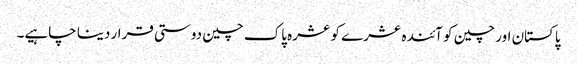
پاکستان اور چین کو آئندہ عشرے کو عشرہ پاک چین دوستی قرار دینا چاہیے۔